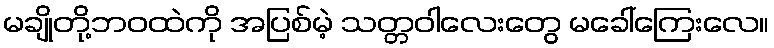
မချိုတို့ဘဝထဲကို အပြစ်မဲ့ သတ္တဝါလေးတွေ မခေါ်ကြေးလေ။